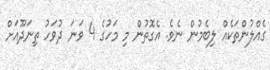
ގެއްލުންތަކެއް ލިބެމުން ނެވެ. އެގޮތުން މި މަހުގެ 4 ވަނަ ދުވަހު ތިނަދޫއަށް